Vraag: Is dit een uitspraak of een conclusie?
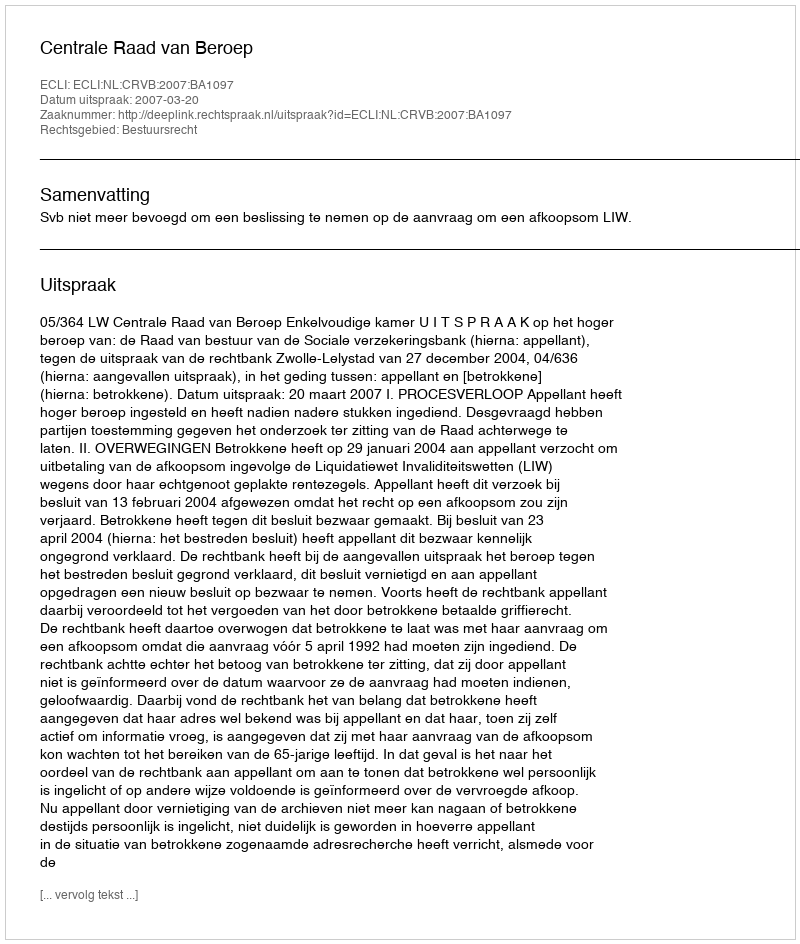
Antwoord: Uitspraak